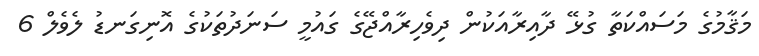
މަޤާމުގެ މަސައްކަތާ ގުޅޭ ދާއިރާއަކުން ދިވެހިރާއްޖޭގެ ގައުމީ ސަނަދުތަކުގެ އޮނިގަނޑު ލެވެލް 6